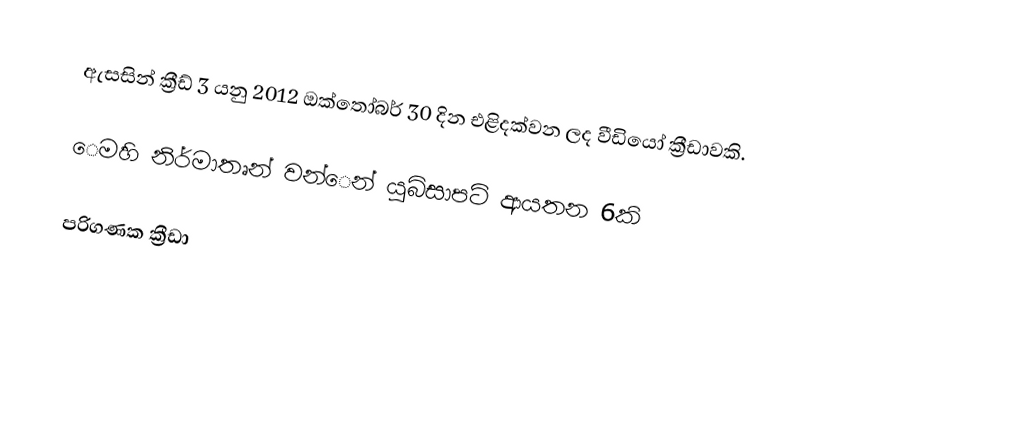
ඇසසින් ක්‍රීඩ් 3 යනු 2012 ඔක්තෝබර් 30 දින එළිදක්වන ලද වීඩියෝ ක්‍රීඩාවකි.

ෙමහි නිර්මාතෘන් වන්ෙන් යුබිසාපට් ආයතන 6කි

පරිගණක ක්‍රීඩා